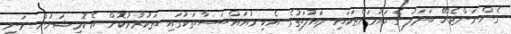
ގެންނަންޖެހޭ ބަދަލު ގެނައުމަށްޓަކައި ދައުލަތުގެ އެކި މުއައްސަސާތަކުގައި ތަކުރާރުކޮށް އެ ކޮމިޝަނުން ވަނީ